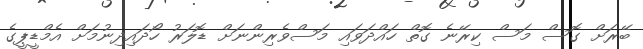
ބޭރަށް ގޮސް މަސް ކިރޭނެ ގޮތް ހައްދަވައި މަސްވެރިންނަށް ޑޮލަރު ހޯދައިދިނުމަށް އެމްޑީޕީގެ